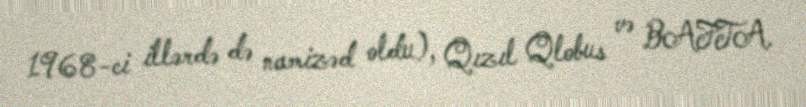
1968-ci illərdə də namizəd oldu), Qızıl Qlobus və BAFTA.